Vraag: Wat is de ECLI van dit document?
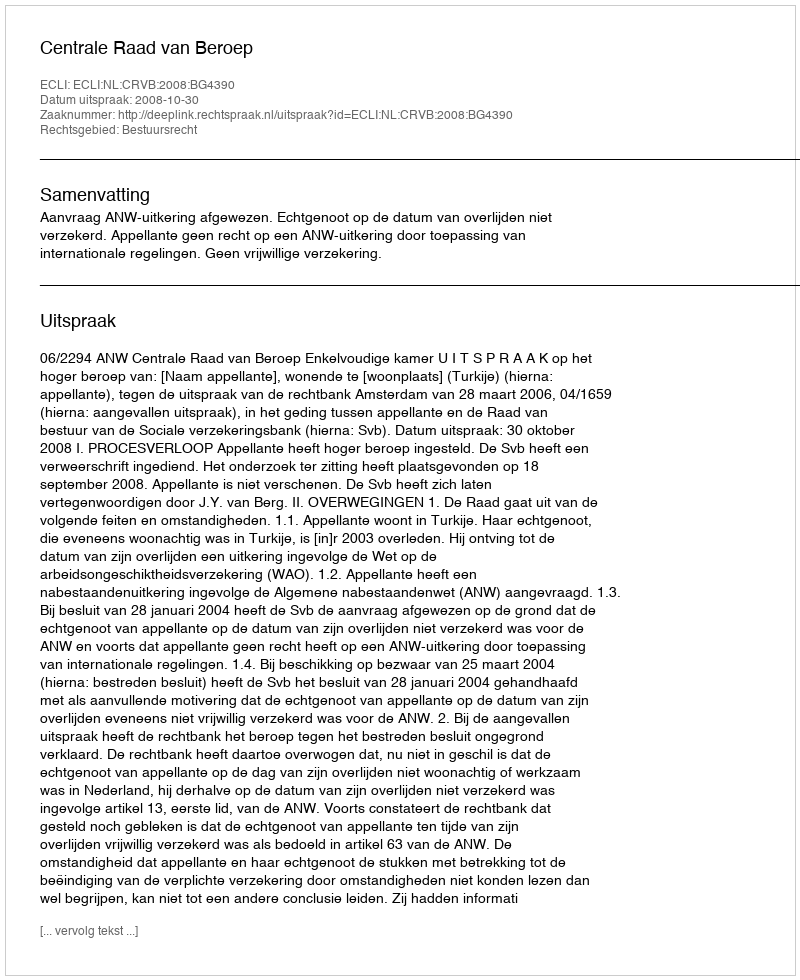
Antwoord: ECLI:NL:CRVB:2008:BG4390